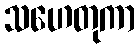
သဟေတုကာ